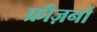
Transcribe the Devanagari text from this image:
फ्रीज़नों